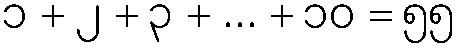
၁ + ၂ + ၃ + ... + ၁၀ = ၅၅